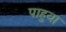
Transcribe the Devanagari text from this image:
पाहुया